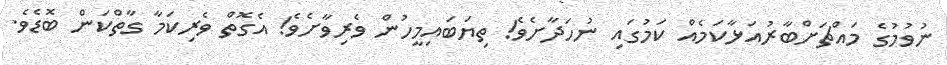
ނުވުމުގެ މައްޗަށްބާރުއަޅާކަމެއް ކަމުގައި ނުހަދާށެވެ! ތިޔަބައިމީހުން ވެރިވާށެވެ! އެގޮތް ވެރިކަމާ ގާތްކަން ބޮޑެވެ.